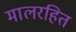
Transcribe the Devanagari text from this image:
मालरहित